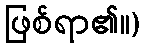
ဖြစ်ရာ၏။)